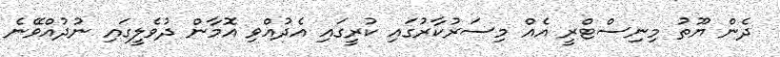
ދެން ޔޫތު މިނިސްޓްރީ އެއް މިސަރުކާރުގައި ކުރީގައި އެދުއްވި އޮމާން ދުވެލީގައި ނުދުއްވޭނެ